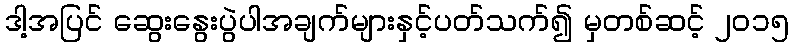
ဒါ့အပြင် ဆွေးနွေးပွဲပါအချက်များနှင့်ပတ်သက်၍ မှတစ်ဆင့် ၂၀၁၅